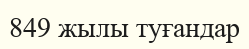
849 жылы туғандар